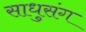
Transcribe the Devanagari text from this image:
साधुसंग